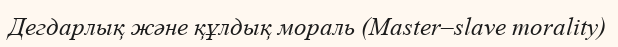
Дегдарлық және құлдық мораль (Master–slave morality)